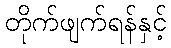
တိုက်ဖျက်ရန်နှင့်